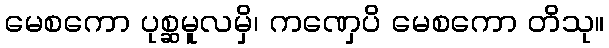
မေစကော ပုစ္ဆမူလမှိ၊ ကဏှေပိ မေစကော တိသု။